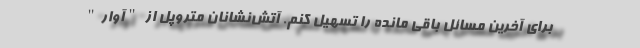
برای آخرین مسائل باقی مانده را تسهیل کنم. آتش‌نشانان متروپل از "آوار"